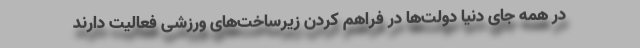
در همه جای دنیا دولت‌ها در فراهم کردن زیرساخت‌های ورزشی فعالیت دارند